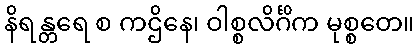
နိရန္တရေ စ ကဌိနေ၊ ဝါစ္စလိင်္ဂိက မုစ္စတေ။